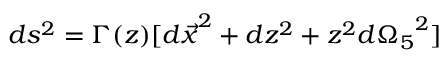
d s ^ { 2 } = \Gamma ( z ) [ { d \vec { x } } ^ { 2 } + d z ^ { 2 } + z ^ { 2 } { d \Omega _ { 5 } } ^ { 2 } ]